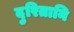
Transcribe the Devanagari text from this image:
दुरितानि